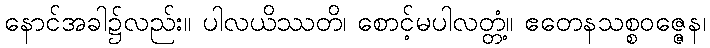
နောင်အခါ၌လည်း။ ပါလယိဿတိ၊ စောင့်မပါလတ္တံ့။ ဧတေနသစ္စဝဇ္ဇေန၊